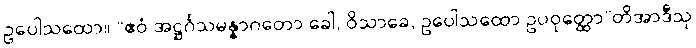
ဥပေါသထော။ “ဧဝံ အဋ္ဌင်္ဂသမန္နာဂတော ခေါ, ဝိသာခေ, ဥပေါသထော ဥပဝုတ္ထော”တိအာဒီသု